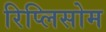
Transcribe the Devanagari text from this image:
रिप्लिसोम